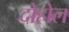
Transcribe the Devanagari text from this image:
दोहोल